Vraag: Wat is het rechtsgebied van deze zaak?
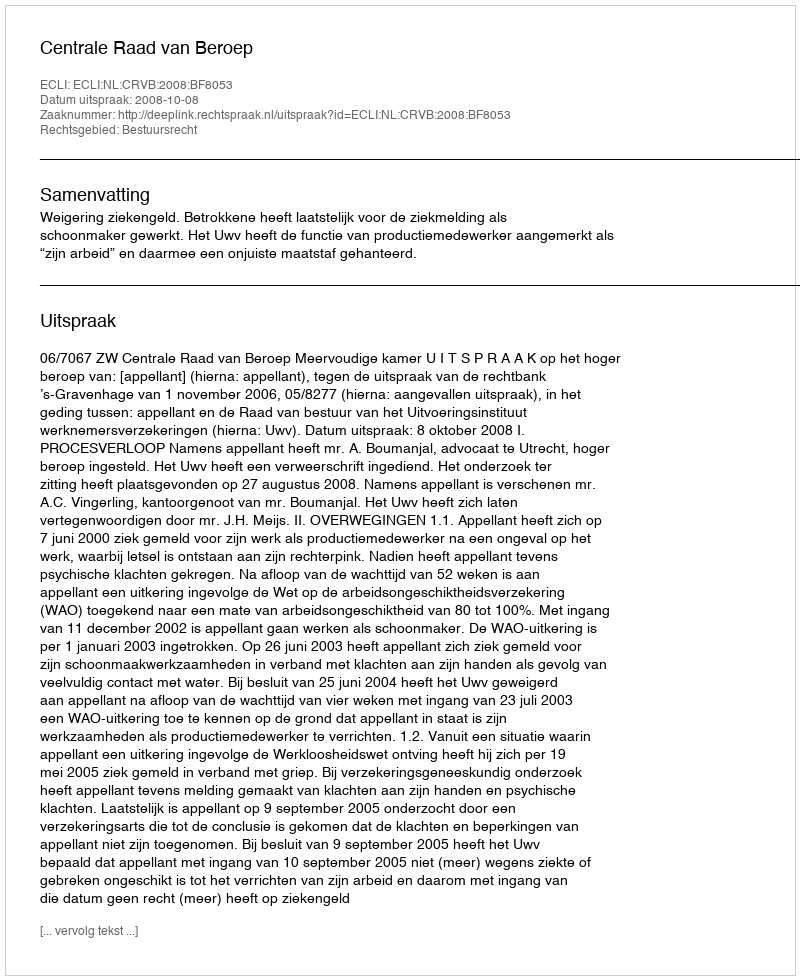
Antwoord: Bestuursrecht